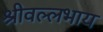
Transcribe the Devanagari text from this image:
श्रीवल्लभाय